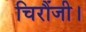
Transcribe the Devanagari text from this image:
चिरौंजी।